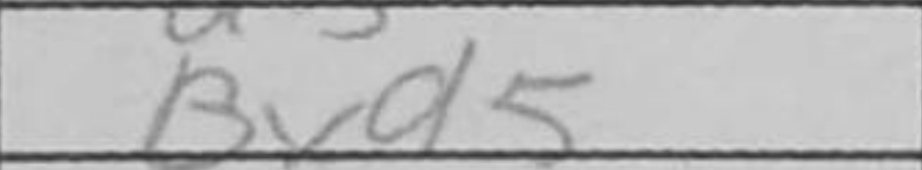
Transcription: Bxd5